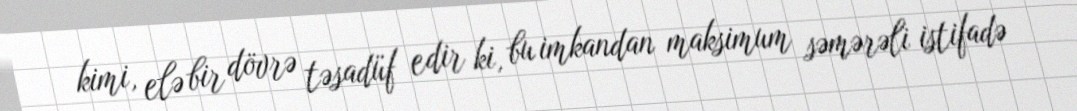
kimi, elə bir dövrə təsadüf edir ki, bu imkandan maksimum səmərəli istifadə